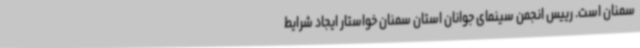
سمنان است. رییس انجمن سینمای جوانان استان سمنان خواستار ایجاد شرایط